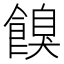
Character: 𩝠